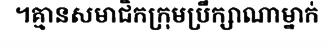
។គ្មានសមាជិកក្រុមប្រឹក្សាណាម្នាក់